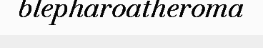
blepharoatheroma